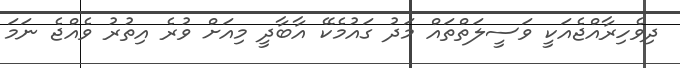
ދިވެހިރާއްޖެއަކީ ވަސީލަތްތައް މަދު ގައުމެކޭ އާބާދީ މިއަށް ވުރެ އިތުރު ވެއްޖެ ނަމަ